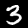
Label: 3